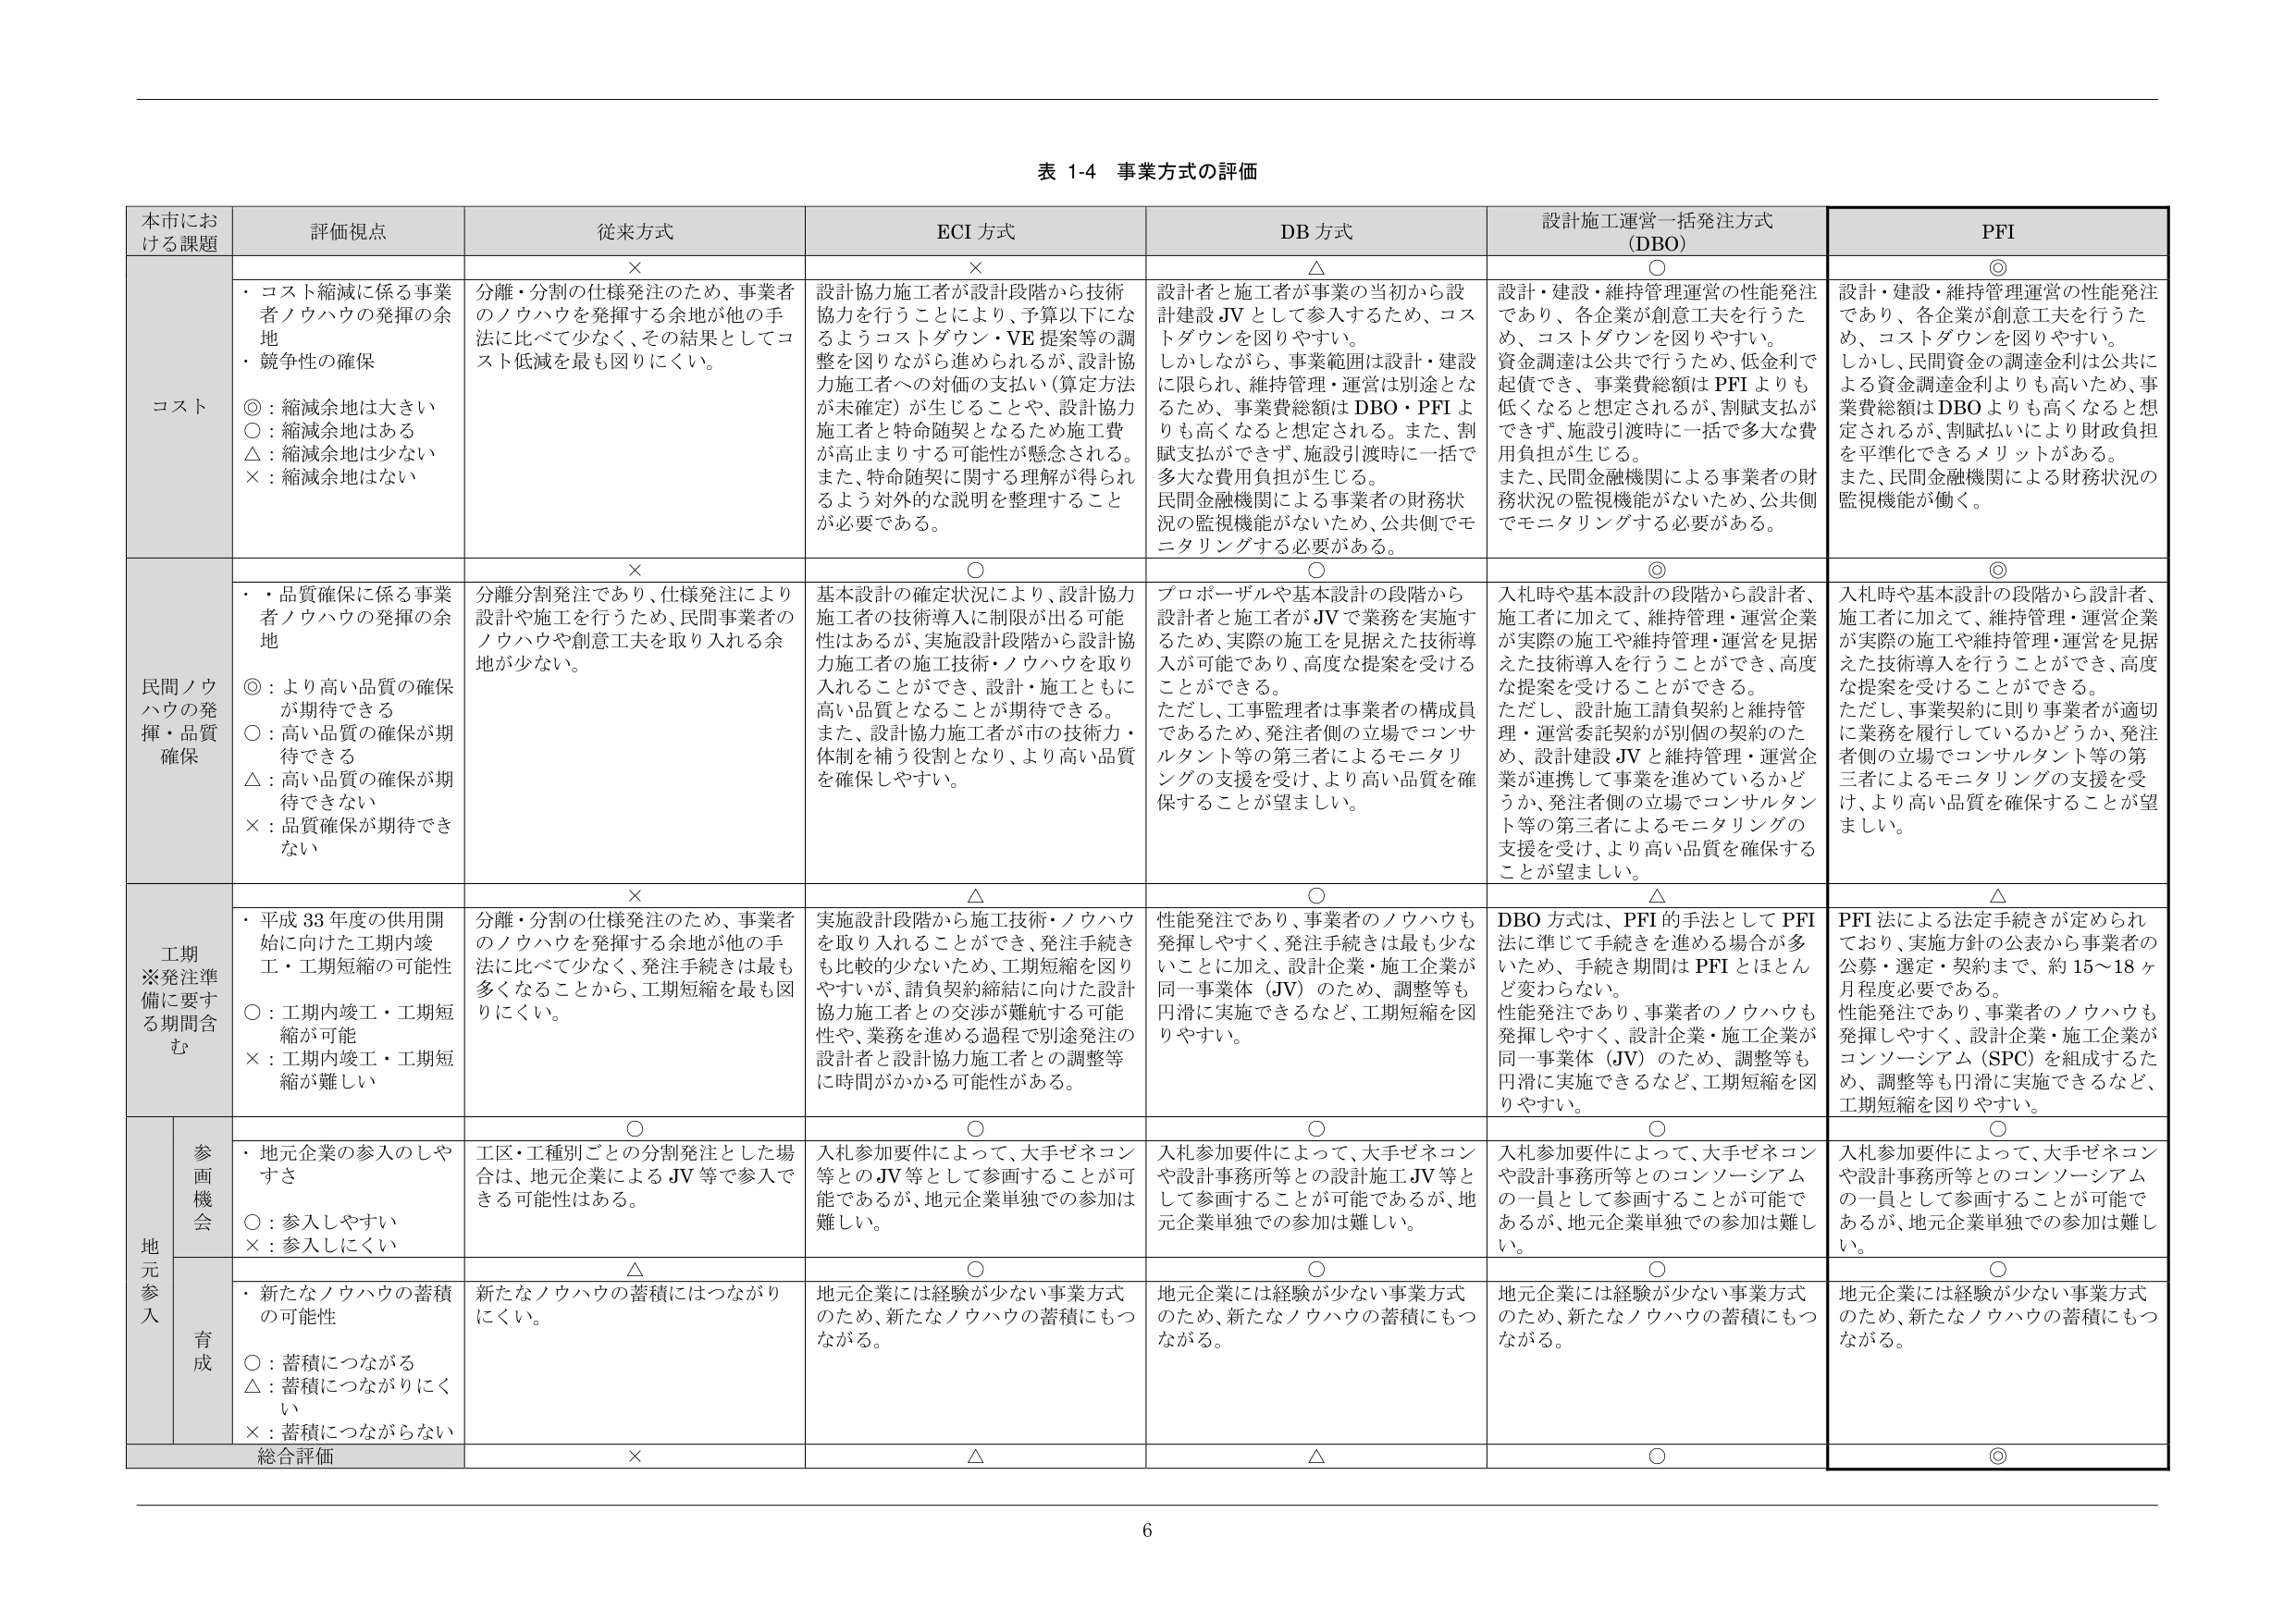
表 1-4 事業方式の評価

本市における課題	評価視点	従来方式	ECI 方式	DB 方式	設計施工運営一括発注方式 (DBO)	PFI
コス ト	・コスト縮減に係る事業者ノウハウの発揮の余地
・競争性の確保
◎：縮減余地は大きい
○：縮減余地はある
△：縮減余地は少ない
×：縮減余地はない	×	×	△	○	◎
		分離・分割の仕様発注のため、事業者のノウハウを発揮する余地が他の手法に比べて少なく、その結果としてコスト低減を最も図りにくい。	設計協力施工者が設計段階から技術協力を行うことにより、予算以下になるようコストダウン・VE 提案等の調整を図りながら進められるが、設計協力施工者への対価の支払い（算定方法が未確定）が生じることや、設計協力施工者と特命随契となるため施工費が高止まりする可能性が懸念される。また、特命随契に関する理解が得られるよう対外的な説明を整理することが必要である。	設計者と施工者が事業の当初から設計建設 JV として参入するため、コストダウンを図りやすい。しかしながら、事業範囲は設計・建設に限られ、維持管理・運営は別途となるため、事業費総額は DBO・PFI よりも高くなると想定される。また、割賦支払ができず、施設引渡時に一括で多大な費用負担が生じる。民間金融機関による事業者の財務状況の監視機能がないため、公共側でモニタリングする必要がある。	設計・建設・維持管理運営の性能発注であり、各企業が創意工夫を行うため、コストダウンを図りやすい。資金調達は公共で行うため、低金利で起債でき、事業費総額は PFI よりも低くなると想定されるが、割賦支払ができず、施設引渡時に一括で多大な費用負担が生じる。また、民間金融機関による事業者の財務状況の監視機能がないため、公共側でモニタリングする必要がある。	設計・建設・維持管理運営の性能発注であり、各企業が創意工夫を行うため、コストダウンを図りやすい。しかし、民間資金の調達金利は公共による資金調達金利よりも高いため、事業費総額は DBO よりも高くなると想定されるが、割賦払いにより財政負担を平準化できるメリットがある。また、民間金融機関による財務状況の監視機能が働く。
民間ノウハウの発揮・品質確保	・品質確保に係る事業者ノウハウの発揮の余地
◎：より高い品質の確保が期待できる
○：高い品質の確保が期待できる
△：高い品質の確保が期待できない
×：品質確保が期待できない	×	○	○	◎	◎
		分離分割発注であり、仕様発注により設計や施工を行うため、民間事業者のノウハウや創意工夫を取り入れる余地が少ない。	基本設計の確定状況により、設計協力施工者の技術導入に制限が出る可能性はあるが、実施設計段階から設計協力施工者の施工技術・ノウハウを取り入れることができ、設計・施工ともに高い品質となることが期待できる。また、設計協力施工者が市の技術力・体制を補う役割となり、より高い品質を確保しやすい。	プロポーザルや基本設計の段階から設計者と施工者が JV で業務を実施するため、実際の施工を見据えた技術導入が可能であり、高度な提案を受けることができる。ただし、工事監理者は事業者の構成員であるため、発注者側の立場でコンサルタント等の第三者によるモニタリングの支援を受け、より高い品質を確保することが望ましい。	入札時や基本設計の段階から設計者、施工者に加えて、維持管理・運営企業が実際の施工や維持管理・運営を見据えた技術導入を行うことができ、高度な提案を受けることができる。ただし、設計施工請負契約と維持管理・運営委託契約が別個の契約のため、設計建設 JV と維持管理・運営企業が連携して事業を進めているかどうか、発注者側の立場でコンサルタント等の第三者によるモニタリングの支援を受け、より高い品質を確保することが望ましい。	入札時や基本設計の段階から設計者、施工者に加えて、維持管理・運営企業が実際の施工や維持管理・運営を見据えた技術導入を行うことができ、高度な提案を受けることができる。ただし、事業契約に則り事業者が適切に業務を履行しているかどうか、発注者側の立場でコンサルタント等の第三者によるモニタリングの支援を受け、より高い品質を確保することが望ましい。
工期※発注準備に要する期間含む	・平成 33 年度の供用開始に向けた工期内竣工・工期短縮の可能性
○：工期内竣工・工期短縮が可能
×：工期内竣工・工期短縮が難しい	×	△	○	△	△
		分離・分割の仕様発注のため、事業者のノウハウを発揮する余地が他の手法に比べて少なく、発注手続きは最も多くなることから、工期短縮を最も図りにくい。	実施設計段階から施工技術・ノウハウを取り入れることができ、発注手続きも比較的少ないため、工期短縮を図りやすいが、請負契約締結に向けた設計協力施工者との交渉が難航する可能性や、業務を進める過程で別途発注の設計者と設計協力施工者との調整等に時間がかかる可能性がある。	性能発注であり、事業者のノウハウも発揮しやすく、発注手続きは最も少ないことに加え、設計企業・施工企業が同一事業体（JV）のため、調整等も円滑に実施できるなど、工期短縮を図りやすい。	DBO 方式は、PFI 的手法として PFI 法に準じて手続きを進める場合が多いため、手続き期間は PFI とほとんど変わらない。性能発注であり、事業者のノウハウも発揮しやすく、設計企業・施工企業が同一事業体（JV）のため、調整等も円滑に実施できるなど、工期短縮を図りやすい。	PFI 法による法定手続きが定められており、実施方針の公表から事業者の公募・選定・契約まで、約 15～18 ヶ月程度必要である。性能発注であり、事業者のノウハウも発揮しやすく、設計企業・施工企業がコンソーシアム（SPC）を組成するため、調整等も円滑に実施できるなど、工期短縮を図りやすい。
地元参入	参画機会	・地元企業の参入のしやすさ
○：参入しやすい
×：参入しにくい	○	○	○	○	○
		工区・工種別ごとの分割発注とした場合は、地元企業による JV 等で参入できる可能性はある。	入札参加要件によって、大手ゼネコン等との JV 等として参画することが可能であるが、地元企業単独での参加は難しい。	入札参加要件によって、大手ゼネコンや設計事務所等との設計施工 JV 等として参画することが可能であるが、地元企業単独での参加は難しい。	入札参加要件によって、大手ゼネコンや設計事務所等とのコンソーシアムの一員として参画することが可能であるが、地元企業単独での参加は難しい。	入札参加要件によって、大手ゼネコンや設計事務所等とのコンソーシアムの一員として参画することが可能であるが、地元企業単独での参加は難しい。
	育成	・新たなノウハウの蓄積の可能性
○：蓄積につながる
△：蓄積につながりにくい
×：蓄積につながらない	△	○	○	○	○
		新たなノウハウの蓄積にはつながりにくい。	地元企業には経験が少ない事業方式のため、新たなノウハウの蓄積にもつながる。	地元企業には経験が少ない事業方式のため、新たなノウハウの蓄積にもつながる。	地元企業には経験が少ない事業方式のため、新たなノウハウの蓄積にもつながる。	地元企業には経験が少ない事業方式のため、新たなノウハウの蓄積にもつながる。
	総合評価	×	△	△	○	◎

6